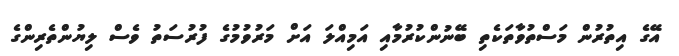
އޭގެ އިތުރުން މަސްތުވާތަކެތި ބޭނުންކުރުމާއި އަމިއްލަ އަށް މަރުވުމުގެ ފުރުސަތު ވެސް ލިޔުންތެރިންގެ